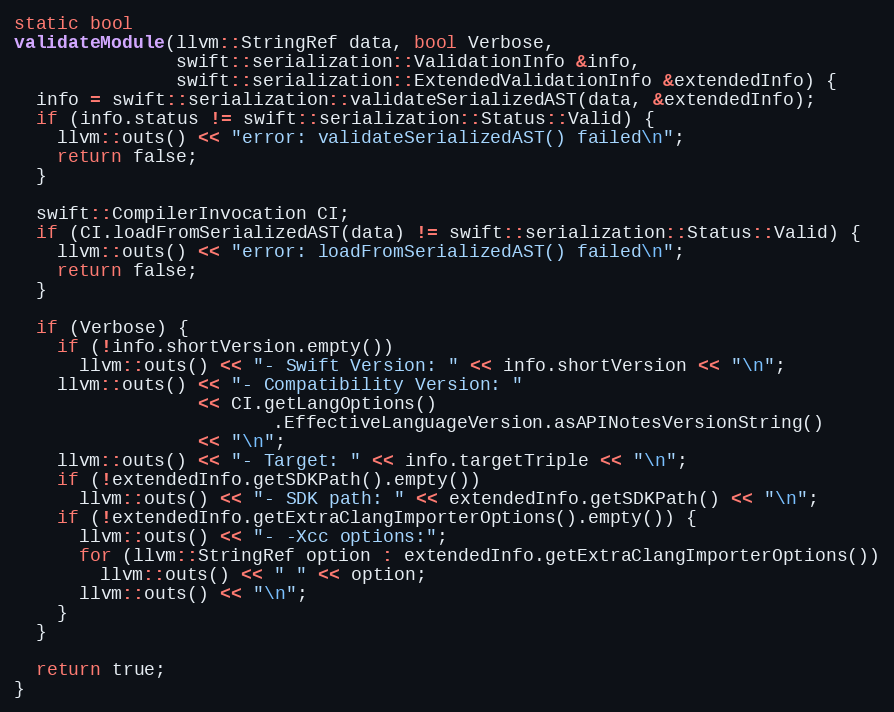
Language: C++
static bool
validateModule(llvm::StringRef data, bool Verbose,
               swift::serialization::ValidationInfo &info,
               swift::serialization::ExtendedValidationInfo &extendedInfo) {
  info = swift::serialization::validateSerializedAST(data, &extendedInfo);
  if (info.status != swift::serialization::Status::Valid) {
    llvm::outs() << "error: validateSerializedAST() failed\n";
    return false;
  }

  swift::CompilerInvocation CI;
  if (CI.loadFromSerializedAST(data) != swift::serialization::Status::Valid) {
    llvm::outs() << "error: loadFromSerializedAST() failed\n";
    return false;
  }

  if (Verbose) {
    if (!info.shortVersion.empty())
      llvm::outs() << "- Swift Version: " << info.shortVersion << "\n";
    llvm::outs() << "- Compatibility Version: "
                 << CI.getLangOptions()
                        .EffectiveLanguageVersion.asAPINotesVersionString()
                 << "\n";
    llvm::outs() << "- Target: " << info.targetTriple << "\n";
    if (!extendedInfo.getSDKPath().empty())
      llvm::outs() << "- SDK path: " << extendedInfo.getSDKPath() << "\n";
    if (!extendedInfo.getExtraClangImporterOptions().empty()) {
      llvm::outs() << "- -Xcc options:";
      for (llvm::StringRef option : extendedInfo.getExtraClangImporterOptions())
        llvm::outs() << " " << option;
      llvm::outs() << "\n";
    }
  }

  return true;
}